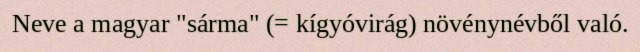
Neve a magyar "sárma" (= kígyóvirág) növénynévből való.